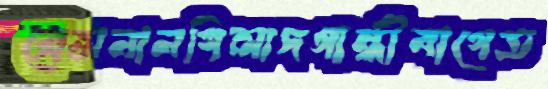
ব্রেসনানগিলাদগান্ধীবাগেত